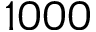
1 0 0 0